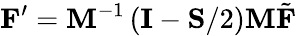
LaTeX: \mathbf{F}^{\prime}=\mathbf{M}^{-1}\left(\mathbf{I}-\mathbf{S}/2\right)\mathbf{M}\tilde{\mathbf{F}}